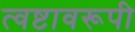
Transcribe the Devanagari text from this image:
त्वष्टावरूपी